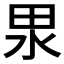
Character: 𭻅